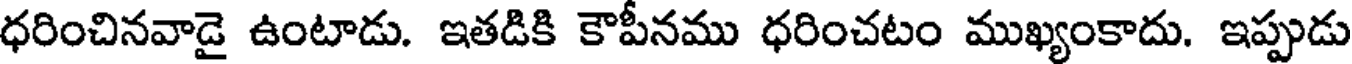
ధరించినవాడై ఉంటాడు. ఇతడికి కౌపీనము ధరించటం ముఖ్యంకాదు. ఇప్పుడు